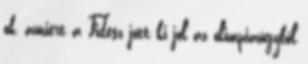
ok, amiért a Fidesz jött ki jól az olimpiaügyből